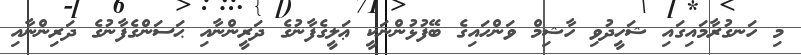
މި ހަނގުރާމައިގައި ޝަހީދުވި ހާޝިމް ވަންހައިގެ ބޭފުޅުންނަކީ ޢަލީގެފާނުގެ ދަރީންނާއި ޙަސަންގެފާނުގެ ދަރިންނާއި